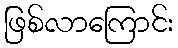
ဖြစ်လာကြောင်း